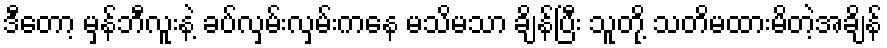
ဒီတော့ မှန်ဘီလူးနဲ့ ခပ်လှမ်းလှမ်းကနေ မသိမသာ ချိန်ပြီး သူတို့ သတိမထားမိတဲ့အချိန်